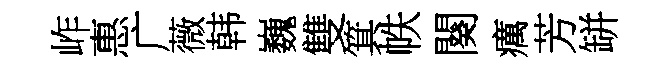
岞惠广薇韩巍雙箕帙闋癘芳缾